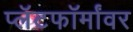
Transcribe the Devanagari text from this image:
प्लॅटफॉर्मांवर